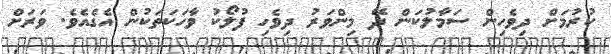
ކުރުމަށް ދިވެހިން ސަމާލުކަން ދޭ މިންވަރު ދިވެހި ފުލޯކު ވާހަކަތަކުން އެގެއެވެ. ވަރަށް